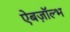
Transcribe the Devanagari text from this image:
ऐबज़ॉल्भ